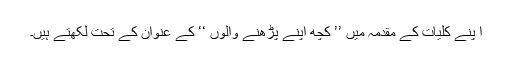
ا پنے کلیات کے مقدمہ میں ’’ کچھ اپنے پڑھنے والوں ‘‘ کے عنوان کے تحت لکھتے ہیں۔